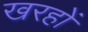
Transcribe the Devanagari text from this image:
खरहों